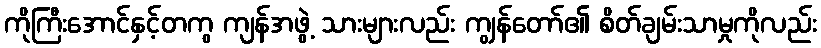
ကိုကြီးအောင်နှင့်တကွ ကျန်အဖွဲ့ သားများလည်း ကျွန်တော်၏ စိတ်ချမ်းသာမှုကိုလည်း